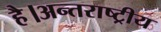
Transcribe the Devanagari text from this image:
है।अन्तराष्ट्रीय